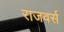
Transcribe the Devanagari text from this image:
राजवर्स